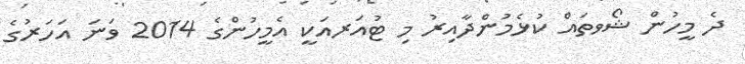
ދެ މީހުން ޝޯވތައް ކުޅެމުންދާއިރު މި ޓުއަރއަކީ އެމީހުންގެ 2014 ވަނަ އަހަރުގެ